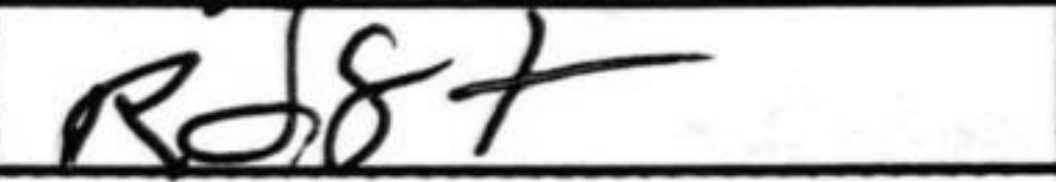
Transcription: Rd8+